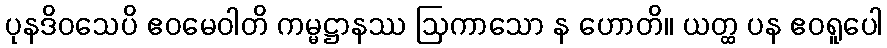
ပုနဒိဝသေပိ ဧဝမေဝါတိ ကမ္မဋ္ဌာနဿ ဩကာသော န ဟောတိ။ ယတ္ထ ပန ဧဝရူပေါ